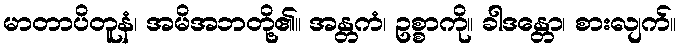
မာတာပိတူနံ၊ အမိအဘတို့၏။ အန္တကံ၊ ဥစ္စာကို။ ခါဒန္တော၊ စားလျက်။